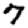
Digit: 7